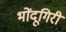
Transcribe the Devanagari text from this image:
भोंदूगिरी